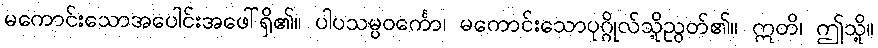
မကောင်းသောအပေါင်းအဖေါ်ရှိ၏။ ပါပသမ္ပဝင်္ကော၊ မကောင်းသောပုဂ္ဂိုလ်သို့ညွတ်၏။ ဣတိ၊ ဤသို့။